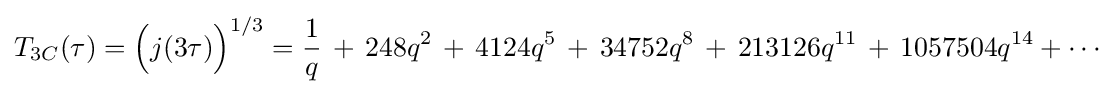
T_{3C}(\tau )={\Big (}j(3\tau ){\Big )}^{1/3}={\frac {1}{q}}\,+\,248q^{2}\,+\,4124q^{5}\,+\,34752q^{8}\,+\,213126q^{11}\,+\,1057504q^{14}+\cdots